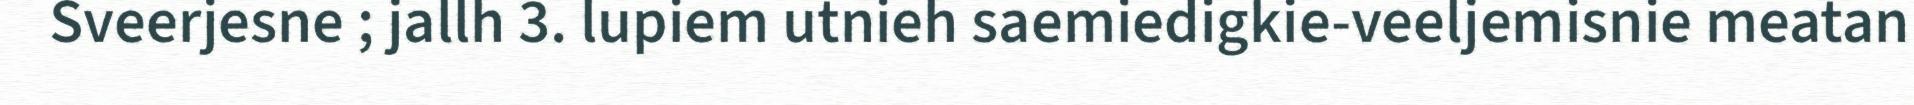
Sveerjesne ; jallh 3. lupiem utnieh saemiedigkie-veeljemisnie meatan